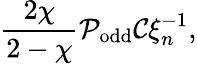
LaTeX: \frac{2\chi}{2-\chi}\mathcal{P}_{\mathrm{odd}}\mathcal{C}\xi_{n}^{-1},